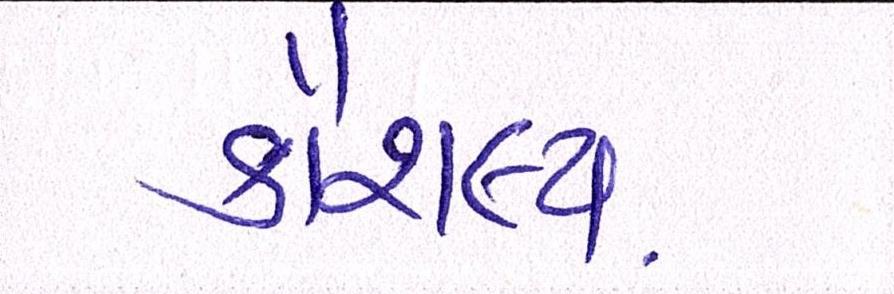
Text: કૌશલ્ય